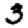
Digit: 3